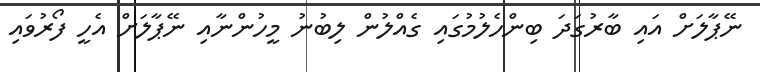
ނޭޕާލަށް އައި ބާރުގަދަ ބިންހެލުމުގައި ގެއްލުން ލިބުނު މީހުންނާއި ނޭޕާލަށް އެހީ ފޯރުވައި